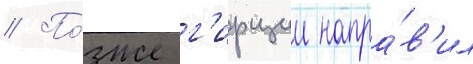
// По́зже г'ирции напра́в'ил